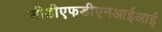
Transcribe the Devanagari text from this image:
सीडीएफडीएनआईआई